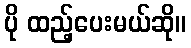
ပို ထည့်ပေးမယ်ဆို။